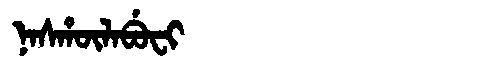
Manchu: ᠨᠠᠰᡥᡡᠯᠠᠪᡠᠸᡳ
Romanization: NASHŪLABUFI